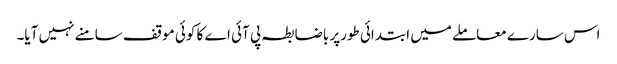
اس سارے معاملے میں ابتدائی طورپر باضابطہ پی آئی اے کا کوئی موقف سامنے نہیں آیا۔